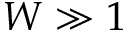
W \gg 1